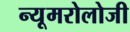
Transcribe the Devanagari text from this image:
न्यूमरोलोजी